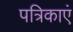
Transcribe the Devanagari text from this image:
पत्रिकाएं